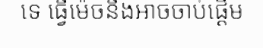
ទេ ធ្វើម៉េចនឹងអាចចាប់ផ្តើម